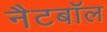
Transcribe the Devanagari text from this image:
नैटबॉल